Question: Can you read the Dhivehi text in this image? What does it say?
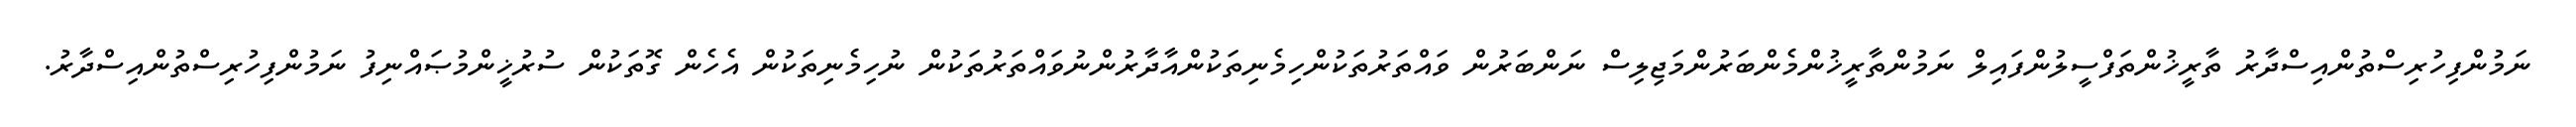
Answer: ނަމުންފިހުރިސްތުންއިސްދާރު ތާރީޚުންތަފްސީލުންފައިލް ނަމުންތާރީޚުންމެންބަރުންމަޖިލިސް ނަންބަރުން ވައްތަރުތަކުންހިމެނިތަކުންއާދާރުންނުވައްތަރުތަކުން ނުހިމެނިތަކުން އެހެން ގޮތަކުން ސުރުޚީންމުޞައްނިފު ނަމުންފިހުރިސްތުންއިސްދާރު.